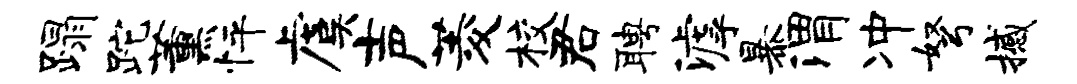
蹋跎薰怦虞声菱校君聘滹暴渭冲弩撼